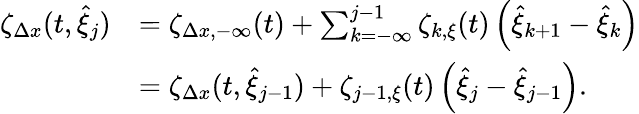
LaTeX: \begin{array}{rl}{\zeta_{\Delta x}(t,\hat{\xi}_{j})}&{=\zeta_{\Delta x,-\infty}(t)+\sum_{k=-\infty}^{j-1}\zeta_{k,\xi}(t)\left(\hat{\xi}_{k+1}-\hat{\xi}_{k}\right)}\\ &{=\zeta_{\Delta x}(t,\hat{\xi}_{j-1})+\zeta_{j-1,\xi}(t)\left(\hat{\xi}_{j}-\hat{\xi}_{j-1}\right).}\end{array}